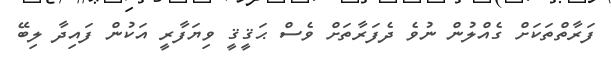
ފަރާތްތަކަށް ގެއްލުން ނުވެ ދެފަރާތަށް ވެސް ޙަޤީޤީ ވިޔަފާރީ އަކުން ފައިދާ ލިބޭ